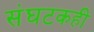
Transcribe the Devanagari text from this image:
संघटकही